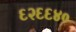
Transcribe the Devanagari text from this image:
६२६६४०